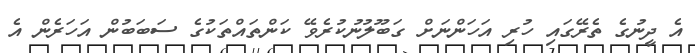
އެ ދީނުގެ ތެރޭގައި ހުރި އަހަންނަށް ގަބޫލުނުކުރެވޭ ކަންތައްތަކުގެ ސަބަބުން އަހަރެން އެ